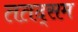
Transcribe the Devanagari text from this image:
ततद्सम